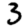
Digit: 3